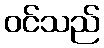
ဝင်သည်